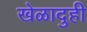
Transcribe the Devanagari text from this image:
खेळादुही